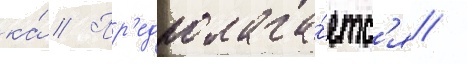
ка́ // Пр'едполага́етс'я /